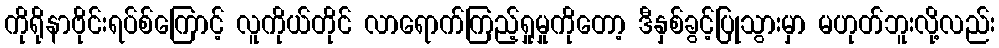
ကိုရိုနာဗိုင်းရပ်စ်ကြောင့် လူကိုယ်တိုင် လာရောက်ကြည့်ရှုမှုကိုတော့ ဒီနှစ်ခွင့်ပြုသွားမှာ မဟုတ်ဘူးလို့လည်း